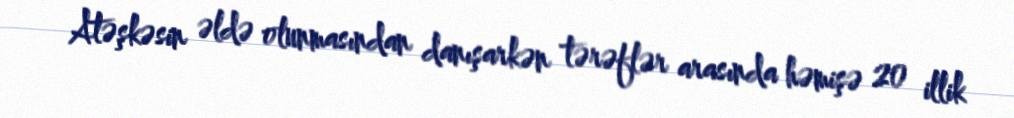
Atəşkəsin əldə olunmasından danışarkən tərəflər arasında həmişə 20 illik